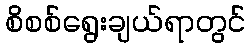
စိစစ်ရွေးချယ်ရာတွင်